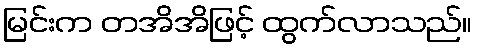
မြင်းက တအိအိဖြင့် ထွက်လာသည်။